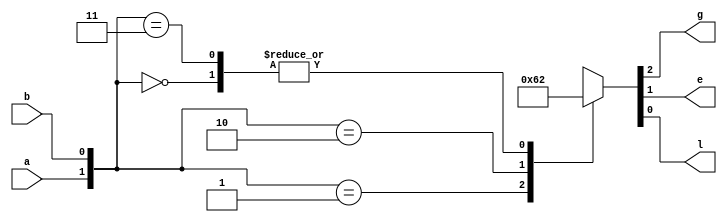
module comp_1bit_ccase(a,b,g,e,l
    );
	 input a,b;
	 output reg g,e,l;
	 always @(*)
	  begin
	   case({a,b})
		 2'b00:{g,e,l}=3'b010;
		 2'b01:{g,e,l}=3'b001;
		 2'b10:{g,e,l}=3'b100;
		 2'b11:{g,e,l}=3'b010;
		 endcase
		end
endmodule
module comp_1bit_case_tb;

	// Inputs
	reg a;
	reg b;

	// Outputs
	wire g;
	wire e;
	wire l;

	// Instantiate the Design Under Test (DUT)
	comp_1bit_ccase dut (a,b,g,e,l
	);

	initial begin
		// Initialize Inputs
		{a,b}=2'b00;#100;
		{a,b}=2'b01;#100;
		{a,b}=2'b10;#100;
		{a,b}=2'b11;#100;

	end
      
endmodule